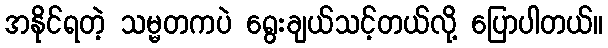
အနိုင်ရတဲ့ သမ္မတကပဲ ရွေးချယ်သင့်တယ်လို့ ပြောပါတယ်။